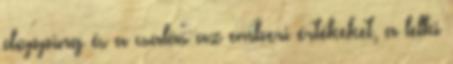
dopping és a csalás az emberi értékeket, a lelki